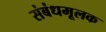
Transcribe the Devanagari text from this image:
संबंधमूलक